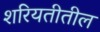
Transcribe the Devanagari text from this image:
शरियतीतील